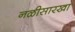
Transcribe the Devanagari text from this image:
नळीसारखा